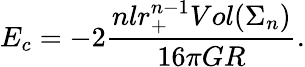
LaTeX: E_{c}=-2\frac{nlr_{+}^{n-1}Vol(\Sigma_{n})}{16\pi GR}.